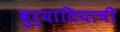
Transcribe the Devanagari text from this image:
बुर्यातियाची